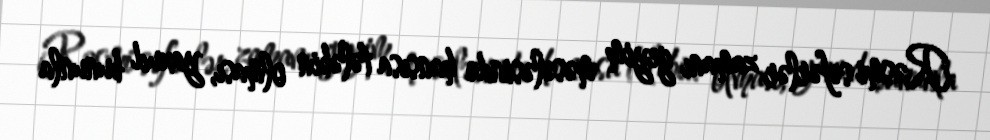
Rəsmi səfərlər zamanı geyim məsələsində hansısa tələbin olması, yaxud bununla